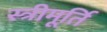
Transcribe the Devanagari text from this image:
स्त्रीमूर्ति